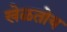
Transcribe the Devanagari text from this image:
खेळतोय